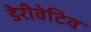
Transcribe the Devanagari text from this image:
डेरीवेटिव